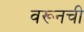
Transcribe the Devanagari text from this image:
वरूनची